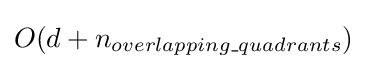
O(d+n_{overlapping\_quadrants})